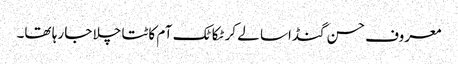
معروف حسن گنڈاسا لے کر ٹکا ٹک آم کاٹتا چلا جا رہا تھا۔